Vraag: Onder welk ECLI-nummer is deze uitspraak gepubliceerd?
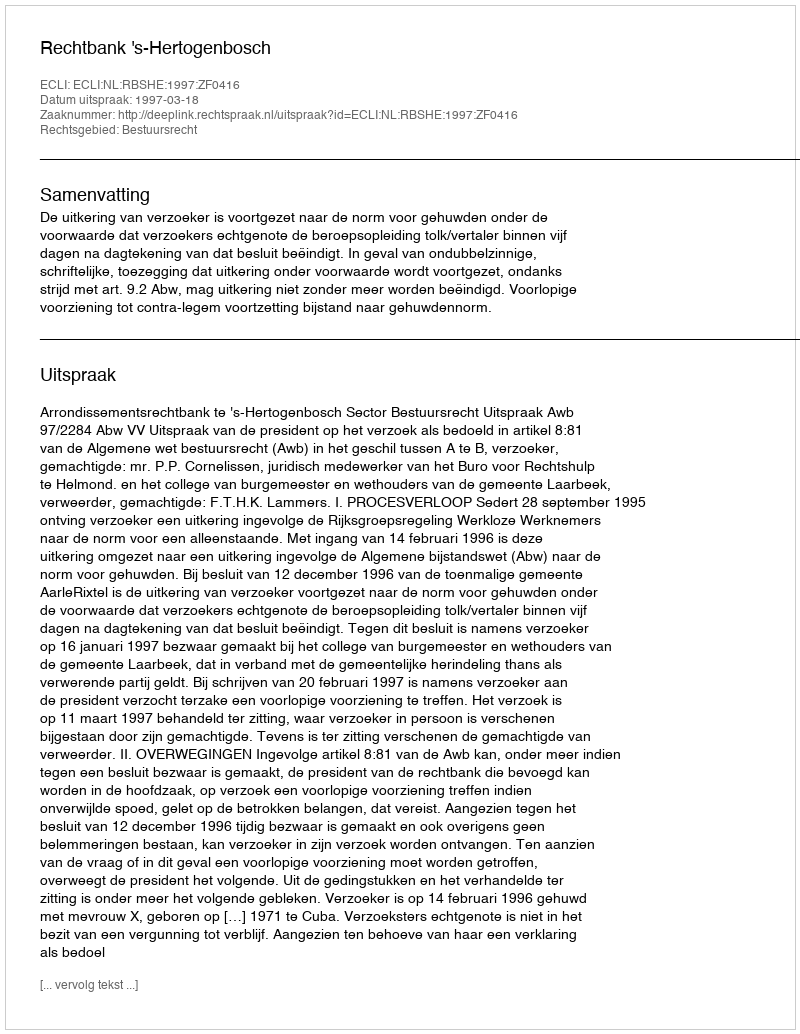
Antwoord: ECLI:NL:RBSHE:1997:ZF0416